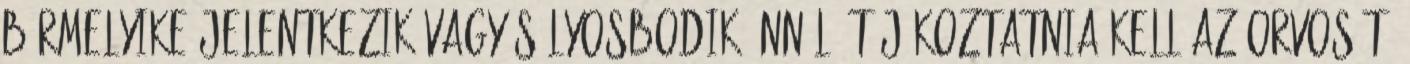
bármelyike jelentkezik vagy súlyosbodik Önnél, tájékoztatnia kell az orvosát.